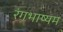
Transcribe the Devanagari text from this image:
रंगभाष्यम